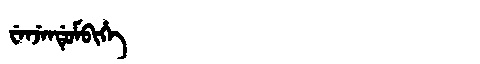
Manchu: ᠸᡝᠨᠵᡝᠨᡩᡠᠮᠪᡳᡥᡝ
Romanization: WENJENDUMBIHE